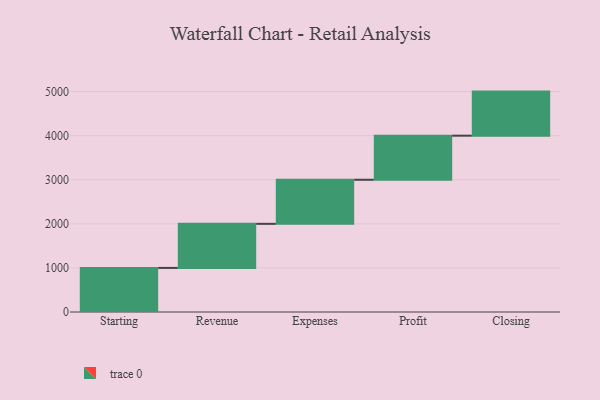
{"axis": {"x": "Step", "y": "Value"}, "legend": [""], "data": [{"x": "Starting", "y": 1000, "type": ""}, {"x": "Revenue", "y": 1000, "type": ""}, {"x": "Expenses", "y": 1000, "type": ""}, {"x": "Profit", "y": 1000, "type": ""}, {"x": "Closing", "y": 1000, "type": ""}]}